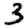
Digit: 3